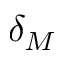
\delta _ { M }